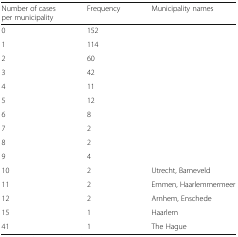
<table><thead><tr><td><b>Number of cases per municipality</b></td><td><b>Frequency</b></td><td><b>Municipality names</b></td></tr></thead><tbody><tr><td>0</td><td>152</td><td></td></tr><tr><td>1</td><td>114</td><td></td></tr><tr><td>2</td><td>60</td><td></td></tr><tr><td>3</td><td>42</td><td></td></tr><tr><td>4</td><td>11</td><td></td></tr><tr><td>5</td><td>12</td><td></td></tr><tr><td>6</td><td>8</td><td></td></tr><tr><td>7</td><td>2</td><td></td></tr><tr><td>8</td><td>2</td><td></td></tr><tr><td>9</td><td>4</td><td></td></tr><tr><td>10</td><td>2</td><td>Utrecht, Barneveld</td></tr><tr><td>11</td><td>2</td><td>Emmen, Haarlemmermeer</td></tr><tr><td>12</td><td>2</td><td>Arnhem, Enschede</td></tr><tr><td>15</td><td>1</td><td>Haarlem</td></tr><tr><td>41</td><td>1</td><td>The Hague</td></tr></tbody></table>